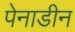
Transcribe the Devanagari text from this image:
पेनाडीन